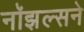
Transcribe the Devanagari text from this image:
नॉझल्सने